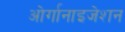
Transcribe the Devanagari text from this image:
ओर्गानाइजेशन